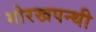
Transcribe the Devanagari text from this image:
गोरखपन्थी